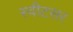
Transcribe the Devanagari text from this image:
स्वीटसर